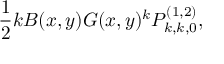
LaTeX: \frac { 1 } { 2 } k B ( x , y ) G ( x , y ) ^ { k } P _ { k , k , 0 } ^ { ( 1 , 2 ) } ,